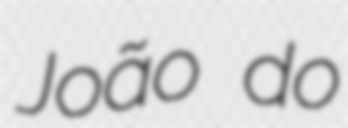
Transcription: João do